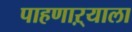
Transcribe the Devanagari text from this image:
पाहणाऱ्याला